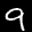
Label: 9